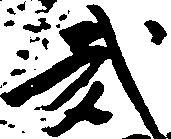
弐